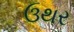
ઉથર